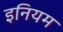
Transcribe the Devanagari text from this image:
इनियम